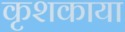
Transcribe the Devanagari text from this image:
कृशकाया